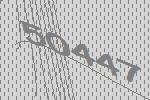
50447